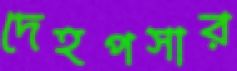
দেহপসার